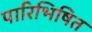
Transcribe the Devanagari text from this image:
पारिभिषित